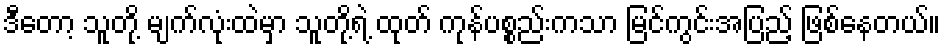
ဒီတော့ သူတို့ မျက်လုံးထဲမှာ သူတို့ရဲ့ ထုတ် ကုန်ပစ္စည်းကသာ မြင်ကွင်းအပြည့် ဖြစ်နေတယ်။